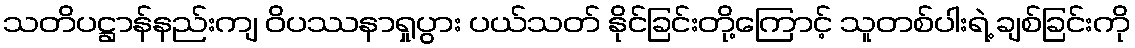
သတိပဋ္ဌာန်နည်းကျ ဝိပဿနာရှုပွား ပယ်သတ် နိုင်ခြင်းတို့ကြောင့် သူတစ်ပါးရဲ့ ချစ်ခြင်းကို